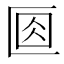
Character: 𠤽